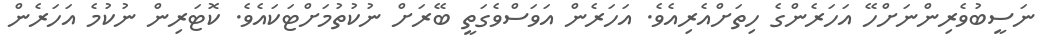
ނަސީބުވެރިންނަށްހޭ އަހަރެންގެ ހިތަށްއެރިއެވެ. އަހަރެން އަވަސްވެގަތީ ބޭރަށް ނުކުތުމަށްޓަކައެވެ. ކޮޓަރިން ނުކުމެ އަހަރެން